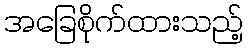
အခြေစိုက်ထားသည့်